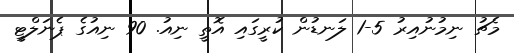
މެޗު ނިމުނުއިރު 5-1 ލަނޑުން ކުރީގައި އޮތީ ނިއު. 90 ނިއުގެ ޕެނަލްޓީ